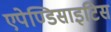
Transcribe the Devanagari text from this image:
एपेण्डिसाइटिस